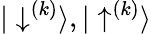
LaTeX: {|\downarrow^{(k)}\rangle,|\uparrow^{(k)}\rangle}